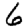
Digit: 6